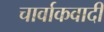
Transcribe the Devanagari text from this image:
चार्वाकवादी